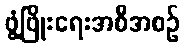
ဖွံ့ဖြိုးရေးအစီအစဉ်